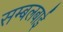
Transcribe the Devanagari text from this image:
सम्बलबाई